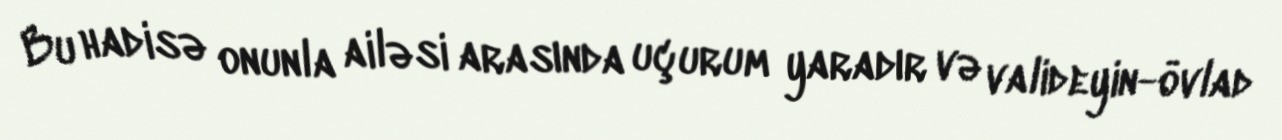
Bu hadisə onunla ailəsi arasında uçurum yaradır və valideyin-övlad